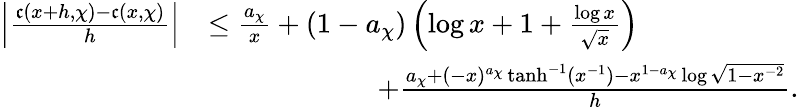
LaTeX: \begin{array}{rl}{\left|\frac{\mathfrak{c}(x+h,\chi)-\mathfrak{c}(x,\chi)}{h}\right|}&{\leq\frac{a_{\chi}}{x}+(1-a_{\chi})\left(\log{x}+1+\frac{\log{x}}{\sqrt{x}}\right)}\\ &{\qquad\qquad\qquad+\frac{a_{\chi}+(-x)^{a_{\chi}}\operatorname{tanh}^{-1}(x^{-1})-x^{1-a_{\chi}}\log{\sqrt{1-x^{-2}}}}{h}.}\end{array}